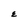
Character: E